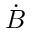
\dot { B }